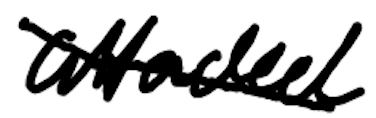
Text: attended
Cross-out: diagonal
Writing tool: digital_black